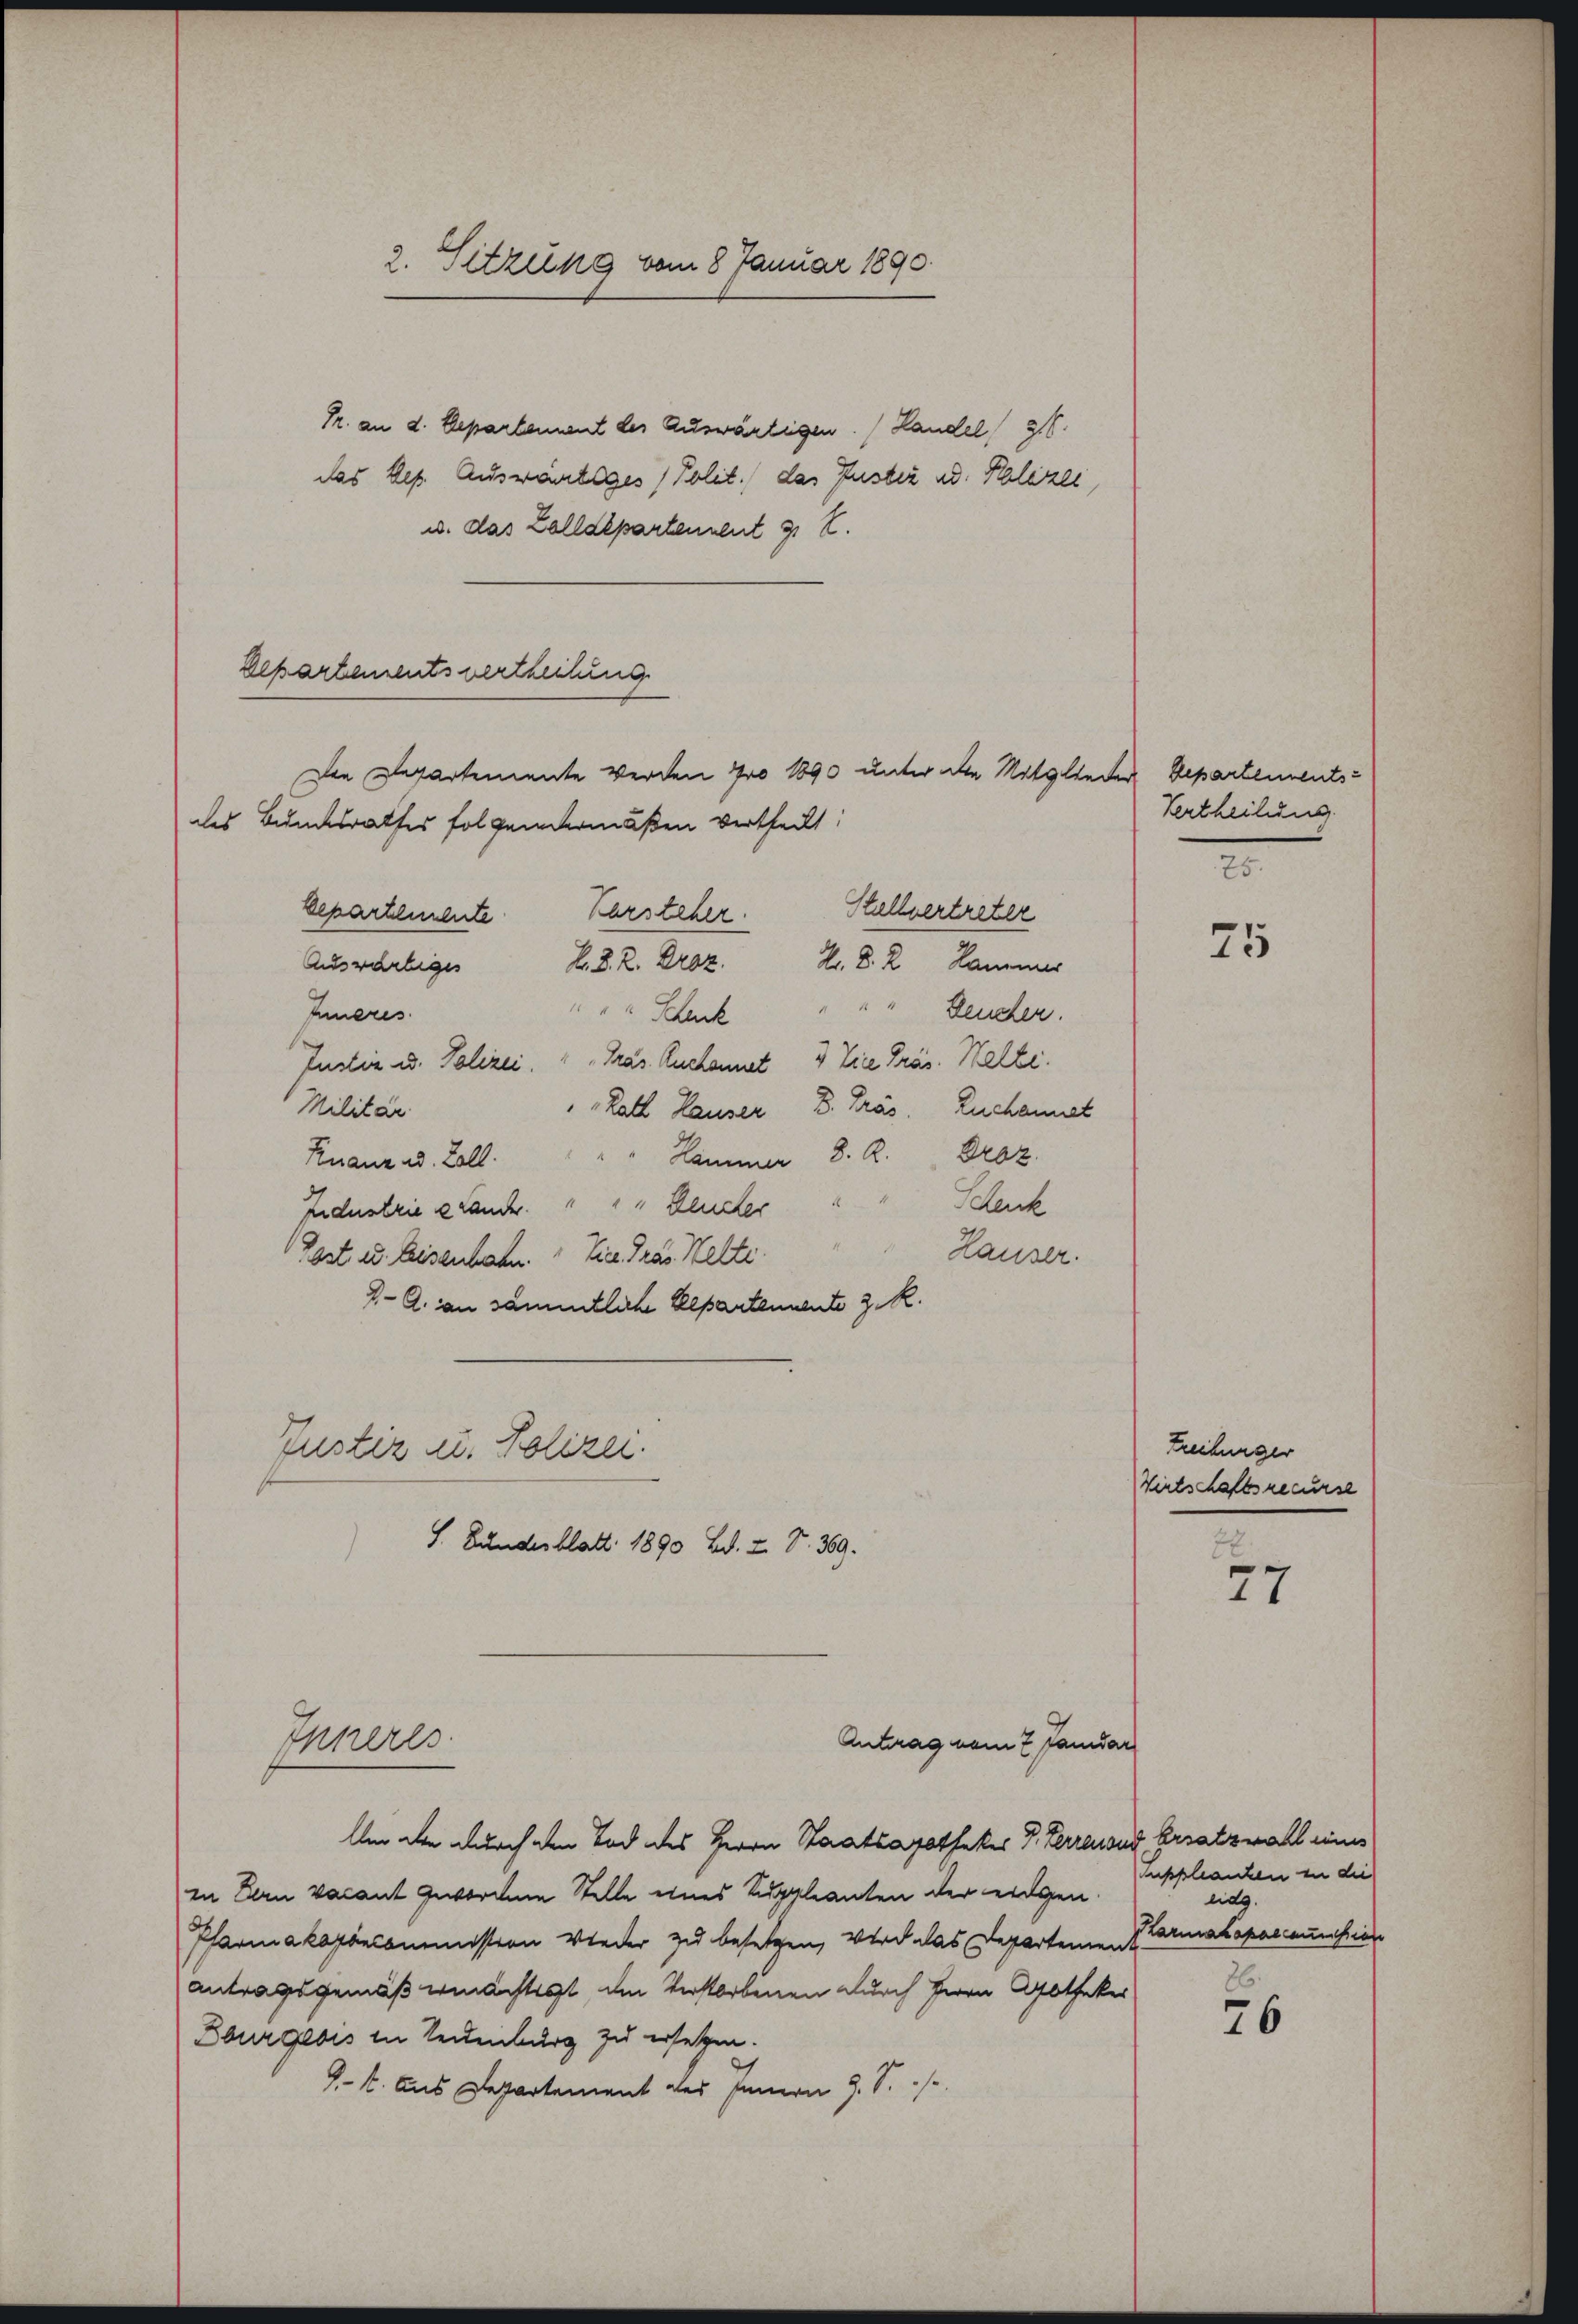
2. Sitzung vom 8 Januar 1890

Pr. an d. Separtement des Auswärtigen. (Handel 31.
das Rep. Auswärtiges / Polit. das Inster u. Polizei,
u. das Zolldepartennent s. Z.
Departementsvertheilung
Die Departemente werden pro 1890 unter die Mitglieder Departementsdes Bundesrathes folgendermaßen vertheilt:
Stellvertreter
bepartemente Karsteher.
H. D. R. Hammer
Auswärtiges
L. D. R. Droz.
Inneres
" Schenk " " " Leucher.
Justin u. Polizei. " Präs. Kuchannet 3 Vice Präs. Walte.
Militär
Lath Hauser, D. Präs. Zuchannet
" " Hammer 8. R. Droz.
Knanz ad. Zoll.
Beleuch
Industrie Lanck. " " " Gener
Hauser.
Post u. Eisenbahn. Die Frau Kelte.
2- A. an sämmtliche Repartennente z. R.
Zustiz u. Polizei.
S. Bundesblatt 1890 Bd. I S. 369.
Antrag vom 7. Janidar
Inneres
Um die durch den Tod des Herrn Staatsapotheker P. Ferrenoud Ersatzwahl eines
in Bern vacant gewordene Stelle eines Suppleanten der eidgen.
Pharmakopöncommission wieder zu besetzen, wird das Departemen
antragsgemäß ermächtigt, den Verstorbenen durch Herrn Gotheker
Bourgeois in Neuenburg zu ersetzen.
9. 1. Aus Departement des Innern J. S.

Vertheilung.
5

25

Freiburger
Wirtschaftsrecurse

2
27

Iuppleanten in die
eidg.
Karmakopaecaumfier

26